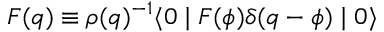
F ( q ) \equiv \rho ( q ) ^ { - 1 } \langle 0 \mid F ( \phi ) \delta ( q - \phi ) \mid 0 \rangle